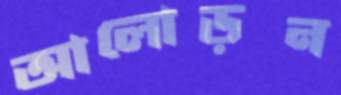
আলোড়ন